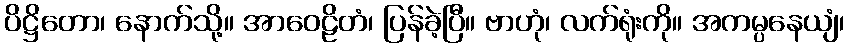
ပိဋ္ဌိတော၊ နောက်သို့။ အာဝေဠိတံ၊ ပြန်ခဲ့ပြီ။ ဗာဟုံ၊ လက်ရုံးကို။ အကမ္ပနေယျံ၊